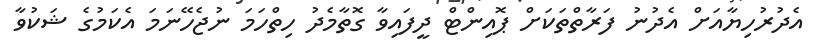
އެދުރުހިޔާއަށް އެދުނު ފަރާތްތަކަށް ޕޮއިންޓް ދީފައިވާ ގޮތާމެދު ހިތްހަމަ ނުޖެހޭނަމަ އެކަމުގެ ޝަކުވާ